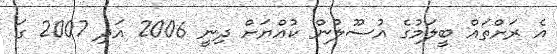
އެ ރަށްތައް ބީލަމުގެ އުސޫލުން ކުއްޔަށް ދިނީ 2006 އަދި 2007 ގަ